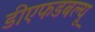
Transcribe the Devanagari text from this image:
डीएफडबल्‍यू